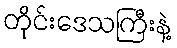
တိုင်းဒေသကြီးနဲ့